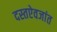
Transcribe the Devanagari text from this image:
दस्तऐवजांत